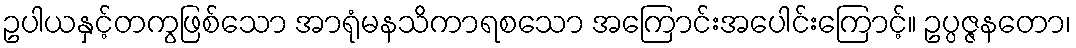
ဥပါယနှင့်တကွဖြစ်သော အာရုံမနသိကာရစသော အကြောင်းအပေါင်းကြောင့်။ ဥပ္ပဇ္ဇနတော၊